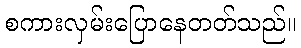
စကားလှမ်းပြောနေတတ်သည်။